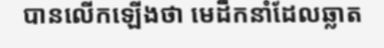
បានលើកឡើងថា មេដឹកនាំដែលឆ្លាត